Indian Medical Review
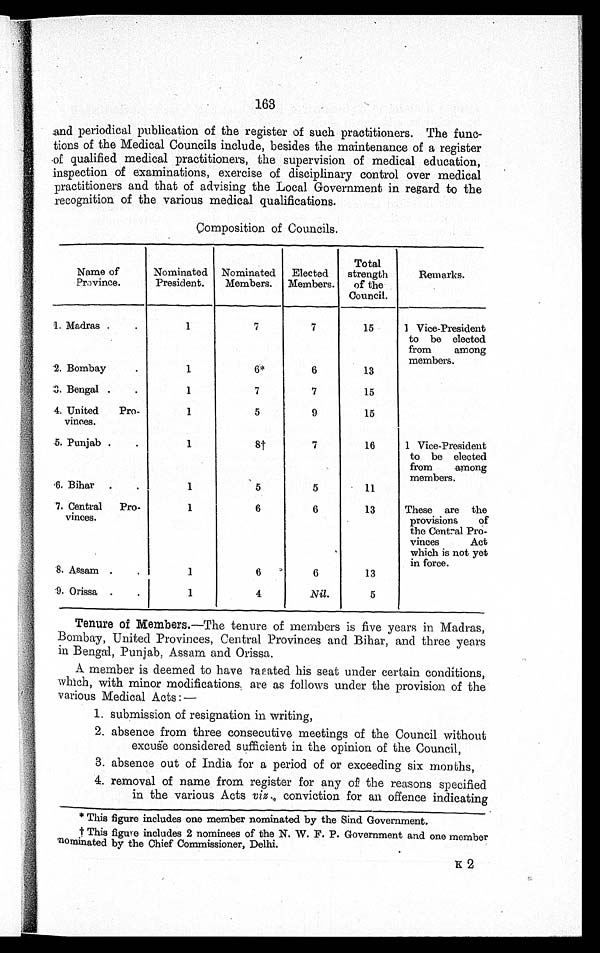
163
and periodical publication of the register of such practitioners. The func
- t i o n s o f t h e M e d i c a l C o u n c i l s i n c l u d e , b e s i d e s t h e m a i n t e n a n c e o f a r e g i s t e r
of qualified medical practitioners, the supervision of medical education,
inspection of examinations, exercise of disciplinary control over medical
practitioners and that of advising the Local Government in regard to the
recognition of the various medical qualifications.
Composition of Councils.
Name of
Province.
Nominated
President.
Nominated
Members.
Elected
Members.
Total
strength
of the
Council.
Remarks.
1. Madras . . .
1
7
7
15
1 Vice-President
to be elected
from among
members.
2. Bombay . . .
1
6 *
6
13
3. Bengal . . .
1
7
7
15
4. United Pro-
vinees.
1
5
9
15
5. Punjab . . .
1
8 †
7
16
1 Vice-President
to be elected
from among
members.
6. Bihar . . .
1
5
5
11
7. Central Pro-
vinces.
1
6
6
13
These are the
provisions
of
the Central Pro -
vinces
Act
which is not yet
in force.
8. Assam . . .
1
6
6
13
9. Orissa . . .
1
4
Nil.
5
Tenure of Members .—The tenure of members is five years in Madras,
Bombay, United Provinces, Central Provinces and Bihar, and three years
in Bengal, Punjab, Assam and Orissa.
A member is deemed to have <illegible>acated his seat under certain conditions,
which, with minor modifications, are as follows under the provision of the
various Medical Acts:—
1. submission of resignation in writing,
2. absence from three consecutive meetings of the Council without
excuse considered sufficient in the opinion of the Council,
3. absence out of India for a period of or exceeding six months,
4. removal of name from register for any of the reasons specified
in the various Acts viz ., conviction for an offence indicating
* This figure includes one member nominated by the Sind Government.
† This figure includes 2 nominees of the N. W. F. P. Government and one member
nominated by the Chief Commissioner, Delhi.
k2